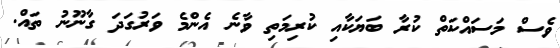
ވެސް މަސައްކަތް ކުރާ ބަޔަކާއި ކުރިމަތި ވާނެ އެންމެ ވަރުގަދަ ގާނޫނު ތައް.